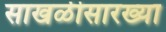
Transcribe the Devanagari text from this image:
साखळीसारख्या